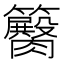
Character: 𥷽